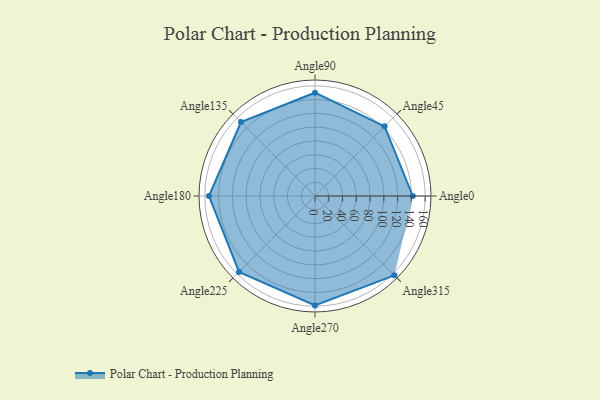
{"axis": {"x": "Angle", "y": "Radius"}, "legend": [""], "data": [{"x": "Angle0", "y": 142.0, "type": ""}, {"x": "Angle45", "y": 143.0, "type": ""}, {"x": "Angle90", "y": 150.0, "type": ""}, {"x": "Angle135", "y": 152.0, "type": ""}, {"x": "Angle180", "y": 154.0, "type": ""}, {"x": "Angle225", "y": 156.0, "type": ""}, {"x": "Angle270", "y": 159.0, "type": ""}, {"x": "Angle315", "y": 163.0, "type": ""}]}